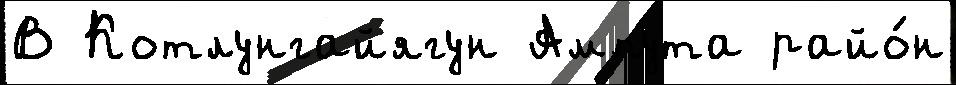
В Котлунгайягун Ампута райо́н